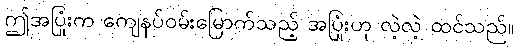
ဤအပြုံးက ကျေနပ်ဝမ်းမြောက်သည့် အပြုံးဟု လဲ့လဲ့ ထင်သည်။